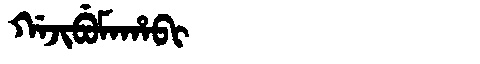
Manchu: ᡤᠠᠵᡳᠪᡠᠮᠠᡥᠠᠪᡳ
Romanization: GAJIBUMAHABI